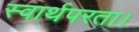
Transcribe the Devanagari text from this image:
स्वार्थपरता।